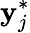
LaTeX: \mathbf{y}_{j}^{*}